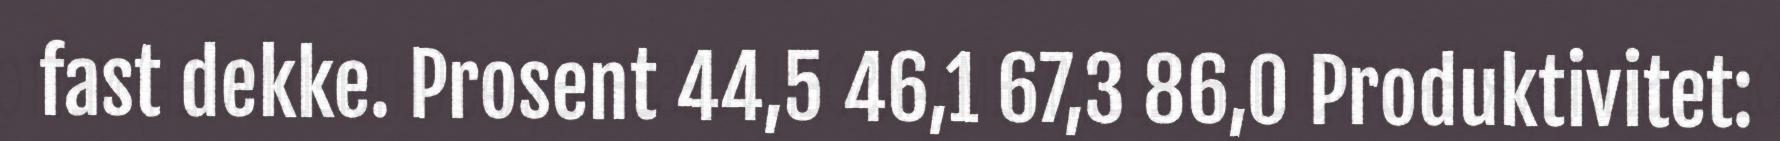
fast dekke. Prosent 44,5 46,1 67,3 86,0 Produktivitet: